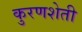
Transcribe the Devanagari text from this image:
कुरणशेती